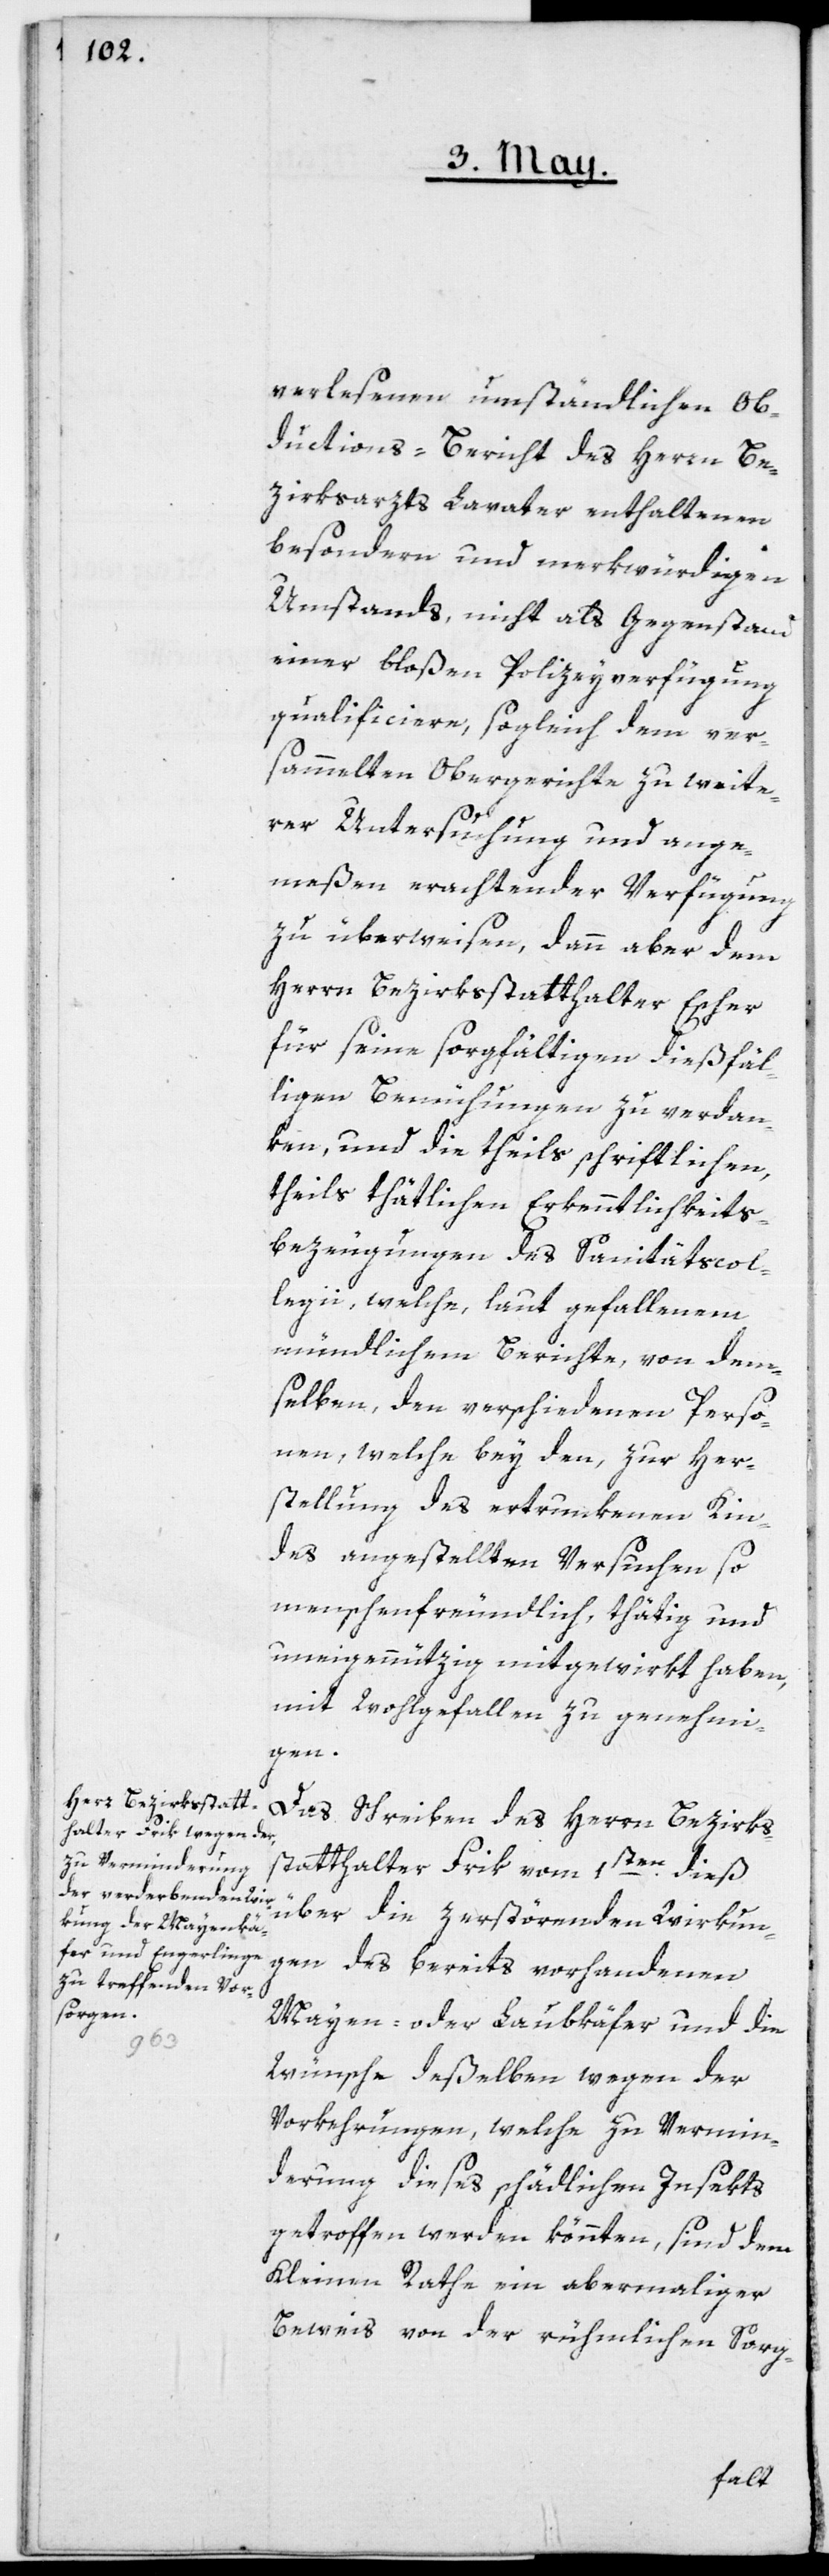
verlesenen umständlichen Ob¬
ductions-Bericht des Herrn Be¬
zirksarzts Lavater enthaltenen
besondern und merkwürdigen
Umstands, nicht als Gegenstand
einer bloßen Polizeyverfügung
qualificiere, sogleich dem ver¬
sammelten Obergerichte zu weite¬
rer Untersuchung und ange¬
meßen erachtender Verfügung
zu überweisen, dann aber dem
Herrn Bezirksstatthalter Escher
für seine sorgfältigen dießfäl¬
ligen Bemühungen zu verdan¬
ken, und die theils schriftlichen,
theils thätlichen Erkenntlichkeits¬
bezeugungen des Sanitätscol¬
legii, welche laut gefallenem
mündlichem Berichte, von dem¬
selben, den verschiedenen Perso¬
nen, welche bey den, zur Her¬
stellung des ertrunkenen Kin¬
des angestellten Versuchen so
menschenfreundlich, thätig und
uneigennützig mitgewirkt haben,
mit Wohlgefallen zu genehmi¬
gen.
Das Schreiben des Herrn Bezirks¬
statthalter Frik vom 1sten dieß
über die zerstörenden Wirkun¬
gen des bereits vorhandenen
Mayen- oder Laubkäfer und die
Wünsche deßelben wegen der
Vorkehrungen, welche zu Vermin¬
derung dieses schädlichen Insekts
getroffen werden könnten, sind dem
Kleinen Rathe ein abermaliger
Beweis von der rühmlichen Sorg-